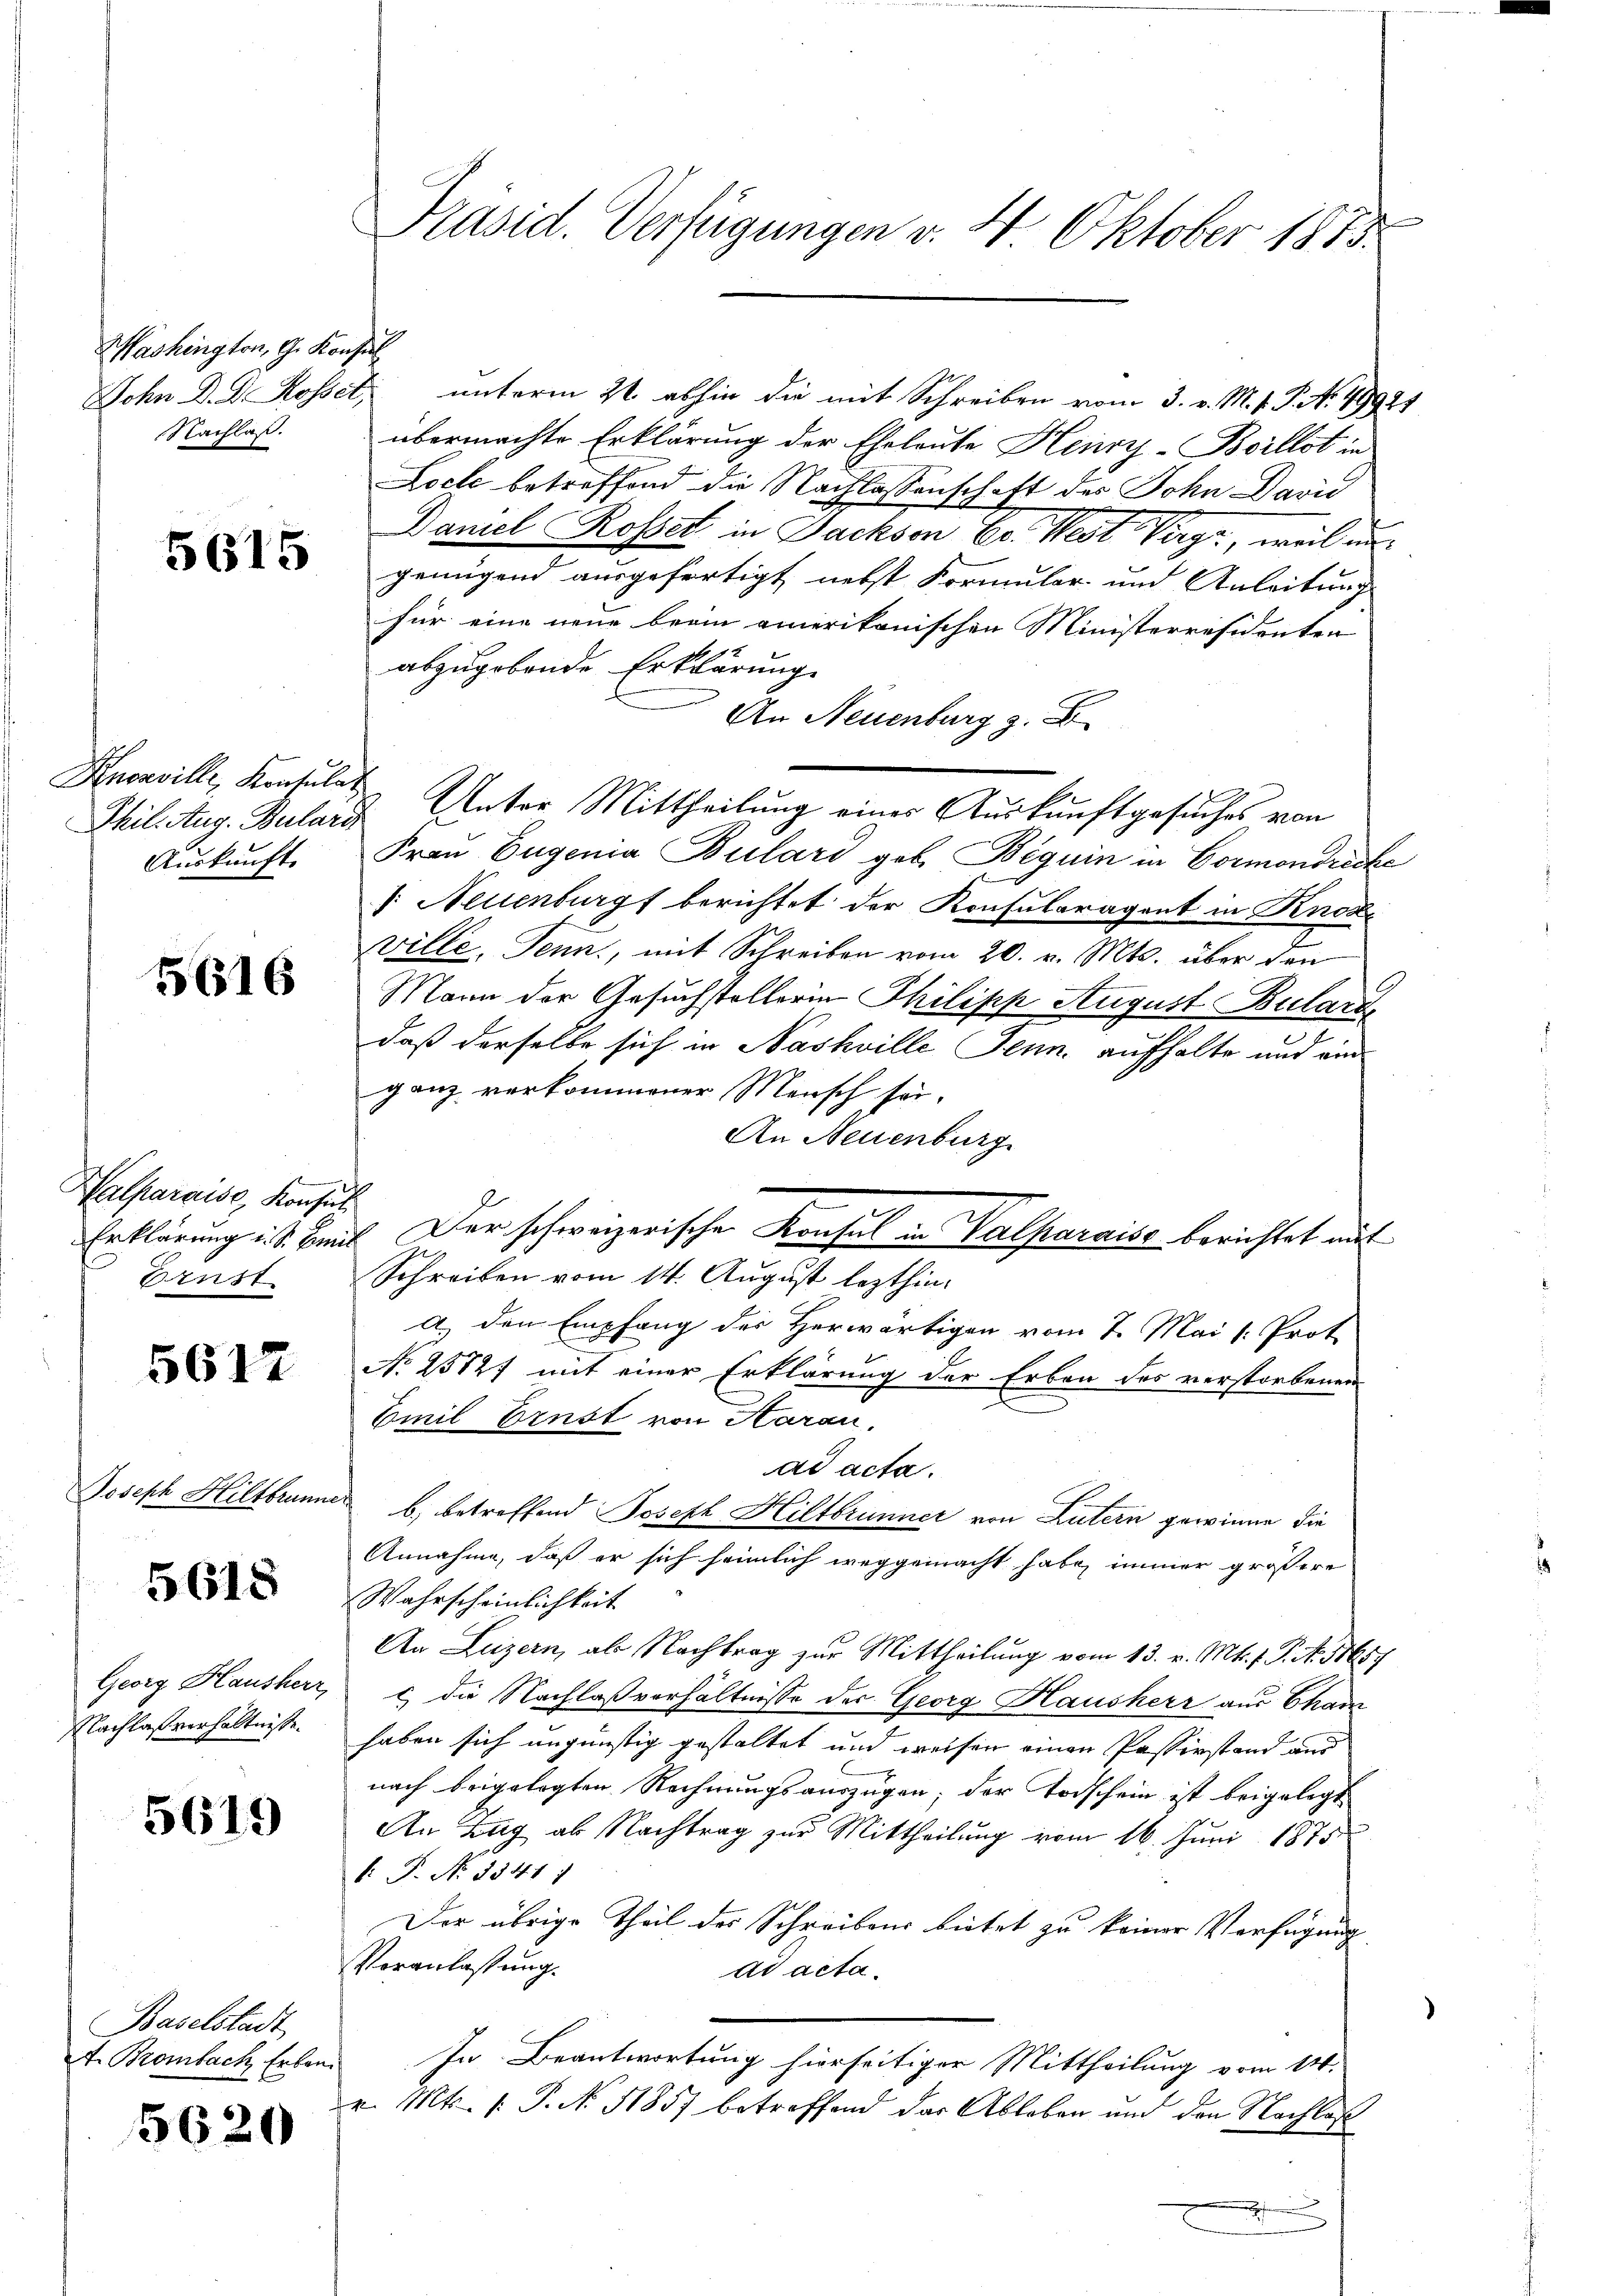
Washington, G. Konsul
Nachlaß.

5615

Hncaville, Konsulat
Auskunft.

5616

Walparaise, Konsul
Brust.

5612

Joseph Hiltbrunne

5618

Georg Hausherr,
Nachlaßverhältnisse.

5619

Baselstadt
A. Brombach Erben.

5620

Präsid. Verfügungen v. 4. Oktober 1873.

Sohn D. R. Rosset, unterm 21. abhin die mit Schreiben vom 3. v. M. v. J. N. 49921
übermachte Erklärung der Eheleute Henry-Boillot in
Loch betreffend die Nachlassenschaft des John David
Daniel Rosset in Dachsen Er. West Verge, weil in
genügend ausgefertigt nebst Formular- und Anleitung
für eine neue brain amerikanischen Ministerräsidenten
abzugebende Erklärung
An Neuenburg z. B
Phil. Aug. Bulard Unter Mittheilung einer Auskunftgesuches von
Frau Eugenia Bulard geb. Beguin in Cormondreche
V. Neuenburg berichtet der Konsularagent in Knoze
ville. Jenn, mit Schreiben vom 20. v. Mts. über den
Mann der Gesuchstellerin Philipp August Bulard
daß derselbe sich in Nashville Jenn, aufhalte und ein
ganz verkommener Mensch sei.
An Neuenburg
E
Erklärung ist. Damit Der schweizerischen Konsul in Valparaise berichtet mit
Schreiben vom 14. August lezthina) den Empfang des Herwärtigen vom 7. Mai l. Prot
No 25727 mit einer Erklärung der Erben des verstorbenen
Emil Brust von Aaran.
ad acta.
 b) betreffend Joseph Hiltbrunner von Lutern gewinne die
Annahme, daß er sich heimlich weggemacht habe, immer größere
Wahrscheinlichkeit
An Luzern, als Nachtrag zur Mittheilung vom 13. v. Mts. f. P. No. 1865.
c die Nachlaßverhältnisse der Georg Hausherr aus Cham
haben sich ungünstig gestaltet und weisen einen Pasterstand aus
nach beigelegten Rechnungsauszügen; der Todschein ist beigelegt
An Zug ab Nachtrag zur Mittheilung vom 16. Juni 1875
. P. Nr. 8341 f
Der übrige Theil des Schreibens bietet zu keiner Verfügung
Veranlassung.
ad acta.
In Beantwortung hierseitiger Mittheilung vom 14.
v. Mts. (T. N. 11857 betreffend der Ableben und den Nachlaß
f